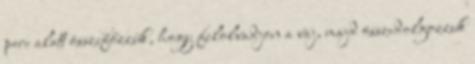
perc alatt összefőzzük, hogy felolvadjon a vaj, majd összedolgozzuk